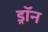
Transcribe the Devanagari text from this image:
ड्रॉन